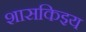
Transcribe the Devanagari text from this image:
शासकिइय